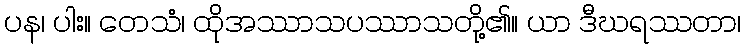
ပန၊ ပါး။ တေသံ၊ ထိုအဿာသပဿာသတို့၏။ ယာ ဒီဃရဿတာ၊